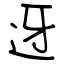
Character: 迓